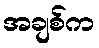
အချစ်က